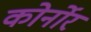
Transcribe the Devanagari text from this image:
कोर्नोर